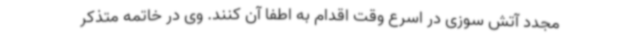
مجدد آتش سوزی در اسرع وقت اقدام به اطفا آن کنند. وی در خاتمه متذکر